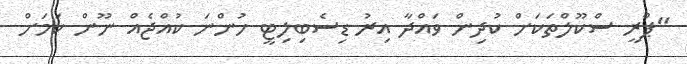
"ޕްރީ ސްކޫލްތަކަށް ކުދިން ވައްދާ އިރު ޑިސެބިލިޓީ ހުންނަ ކުއްޖެއް ނޫން ކަމަށް